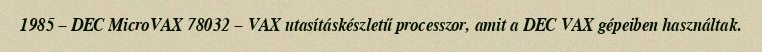
1985 – DEC MicroVAX 78032 – VAX utasításkészletű processzor, amit a DEC VAX gépeiben használtak.